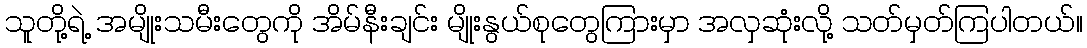
သူတို့ရဲ့ အမျိုးသမီးတွေကို အိမ်နီးချင်း မျိုးနွယ်စုတွေကြားမှာ အလှဆုံးလို့ သတ်မှတ်ကြပါတယ်။